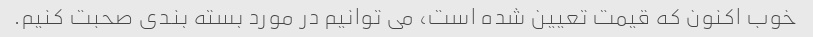
خوب اکنون که قیمت تعیین شده است، می توانیم در مورد بسته بندی صحبت کنیم.